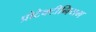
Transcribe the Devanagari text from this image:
प्रोटेक्टीनियम